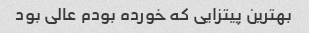
بهترین پیتزایی که خورده بودم عالی بود